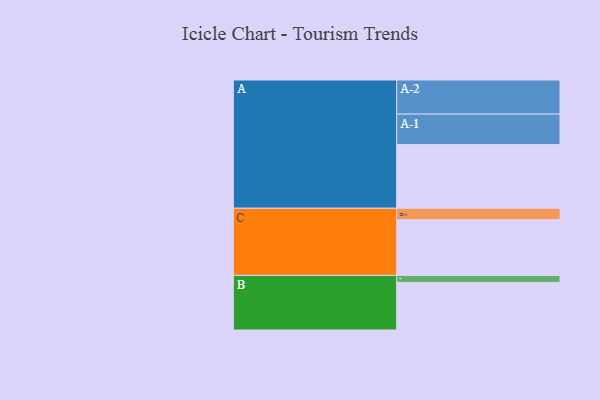
{"axis": {"x": "Segment", "y": "Value"}, "legend": ["", "A", "B", "C"], "data": [{"x": "A", "y": 538, "type": ""}, {"x": "B", "y": 402, "type": ""}, {"x": "C", "y": 471, "type": ""}, {"x": "A-1", "y": 257, "type": "A"}, {"x": "A-2", "y": 288, "type": "A"}, {"x": "B-1", "y": 59, "type": "B"}, {"x": "C-1", "y": 96, "type": "C"}]}